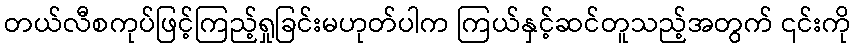
တယ်လီစကုပ်ဖြင့်ကြည့်ရှုခြင်းမဟုတ်ပါက ကြယ်နှင့်ဆင်တူသည့်အတွက် ၎င်းကို